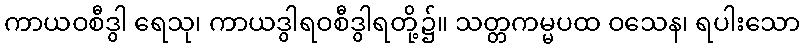
ကာယဝစီဒွါ ရေသု၊ ကာယဒွါရဝစီဒွါရတို့၌။ သတ္တကမ္မပထ ဝသေန၊ ရပါးသော